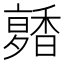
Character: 𩡑